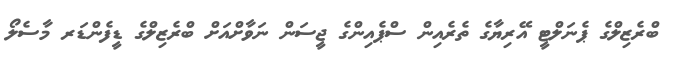
ބްރެޒިލްގެ ޕެނަލްޓީ އޭރިޔާގެ ތެރެއިން ސްޕެއިންގެ ޖީސަން ނަވާށްއަށް ބްރެޒިލްގެ ޑީފެންޑަރ މާސެލޯ